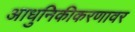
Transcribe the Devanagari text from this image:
आधुनिकीकरणावर